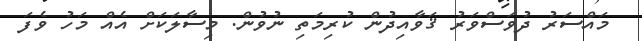
މައްސަރު ދުވަސްވަރު ޤަވާއިދުން ކުރިމަތި ނުވުން. މިސާލަކަށް އެއް މަހު ވެފަ